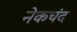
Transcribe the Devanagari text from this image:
नेकचंद